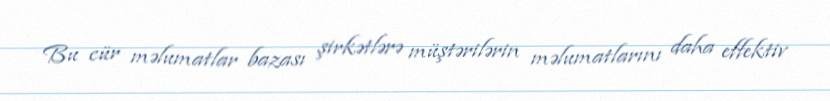
Bu cür məlumatlar bazası şirkətlərə müştərilərin məlumatlarını daha effektiv